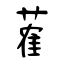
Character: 蒮